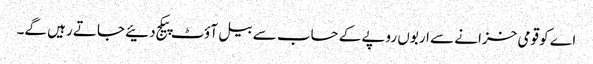
اے کو قومی خزانے سے اربوں روپے کے حساب سے بیل آؤٹ پیکج دئیے جاتے رہیں گے۔